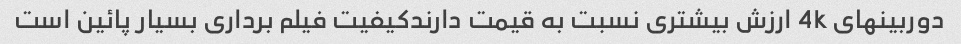
دوربینهای 4k ارزش بیشتری نسبت به قیمت دارندکیفیت فیلم برداری بسیار پائین است